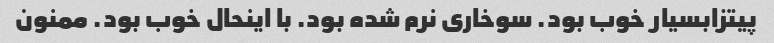
پیتزابسیار خوب بود. سوخاری نرم شده بود. با اینحال خوب بود. ممنون